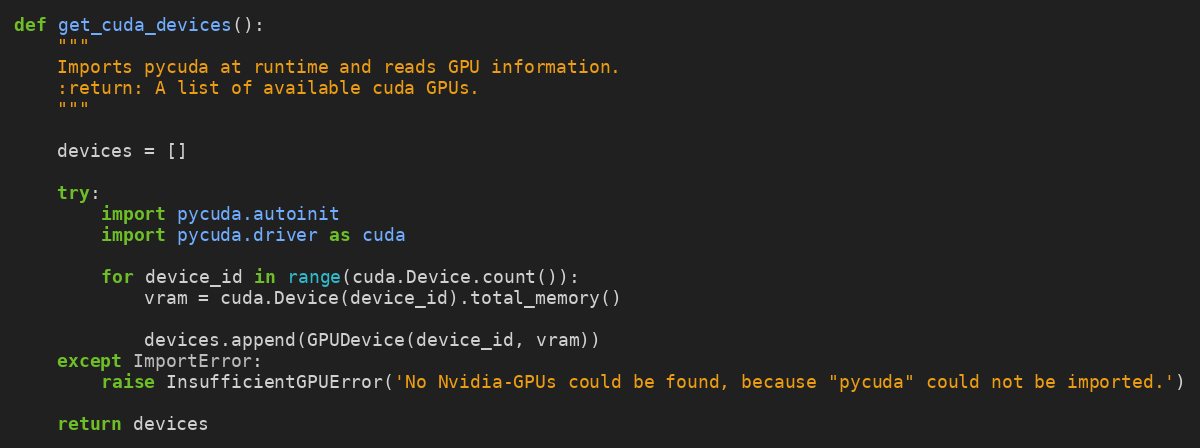
Language: Python
def get_cuda_devices():
    """
    Imports pycuda at runtime and reads GPU information.
    :return: A list of available cuda GPUs.
    """

    devices = []

    try:
        import pycuda.autoinit
        import pycuda.driver as cuda

        for device_id in range(cuda.Device.count()):
            vram = cuda.Device(device_id).total_memory()

            devices.append(GPUDevice(device_id, vram))
    except ImportError:
        raise InsufficientGPUError('No Nvidia-GPUs could be found, because "pycuda" could not be imported.')

    return devices